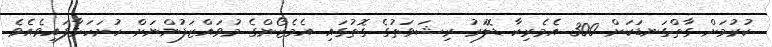
ކުރުމަށް ގާތްގަނޑަކަށް 300 އެމެރިކާ ޑޮލަރު ރިޝަވަތުގެ ގޮތުގައި އެމެޒޯންގެ މުވައްޒަފުންނަށް ހުށަހަޅާފައިވެއެވެ.